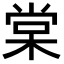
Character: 棠